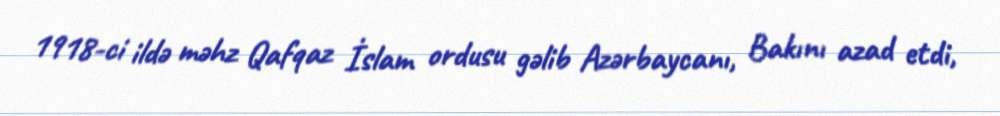
1918-ci ildə məhz Qafqaz İslam ordusu gəlib Azərbaycanı, Bakını azad etdi,